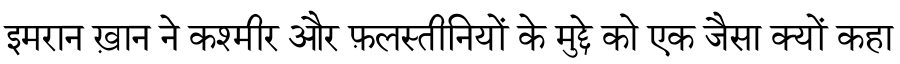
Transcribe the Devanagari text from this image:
इमरान ख़ान ने कश्मीर और फ़लस्तीनियों के मुद्दे को एक जैसा क्यों कहा